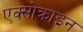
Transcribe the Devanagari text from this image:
एक्सोक्राइन